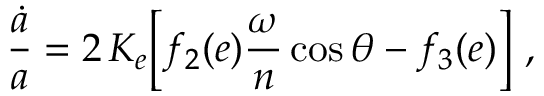
\frac { \dot { a } } { a } = 2 \, { \cal K } _ { e } \bigg [ f _ { 2 } ( e ) \frac { \omega } { n } \cos \theta - f _ { 3 } ( e ) \bigg ] \ ,